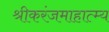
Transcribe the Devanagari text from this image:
श्रीकरंजमाहात्म्य